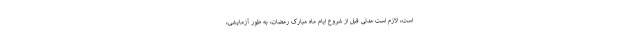
است، لازم است مدتی قبل از شروع ایام ماه مبارک رمضان، به طور آزمایشی،